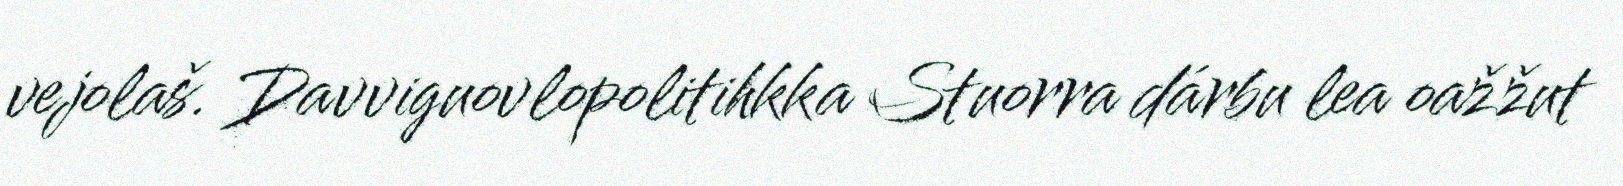
vejolaš. Davviguovlopolitihkka Stuorra dárbu lea oažžut